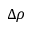
\Delta \rho